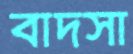
বাদসা